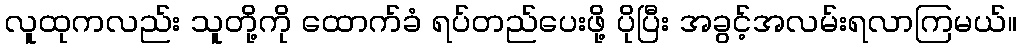
လူထုကလည်း သူတို့ကို ထောက်ခံ ရပ်တည်ပေးဖို့ ပိုပြီး အခွင့်အလမ်းရလာကြမယ်။